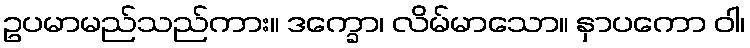
ဥပမာမည်သည်ကား။ ဒက္ခော၊ လိမ်မာသော။ နှာပကော ဝါ၊